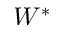
W ^ { * }